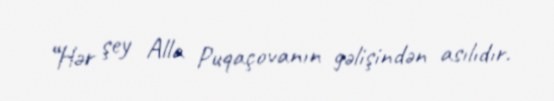
“Hər şey Alla Puqaçovanın gəlişindən asılıdır.